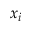
x _ { i }